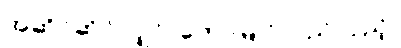
အဆိုင်ဆိုင်လျှင်၊ တောမြိုင်လည်လှည့်၊